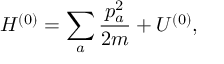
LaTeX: H ^ { ( 0 ) } = \sum _ { a } \frac { p _ { a } ^ { 2 } } { 2 m } + U ^ { ( 0 ) } ,